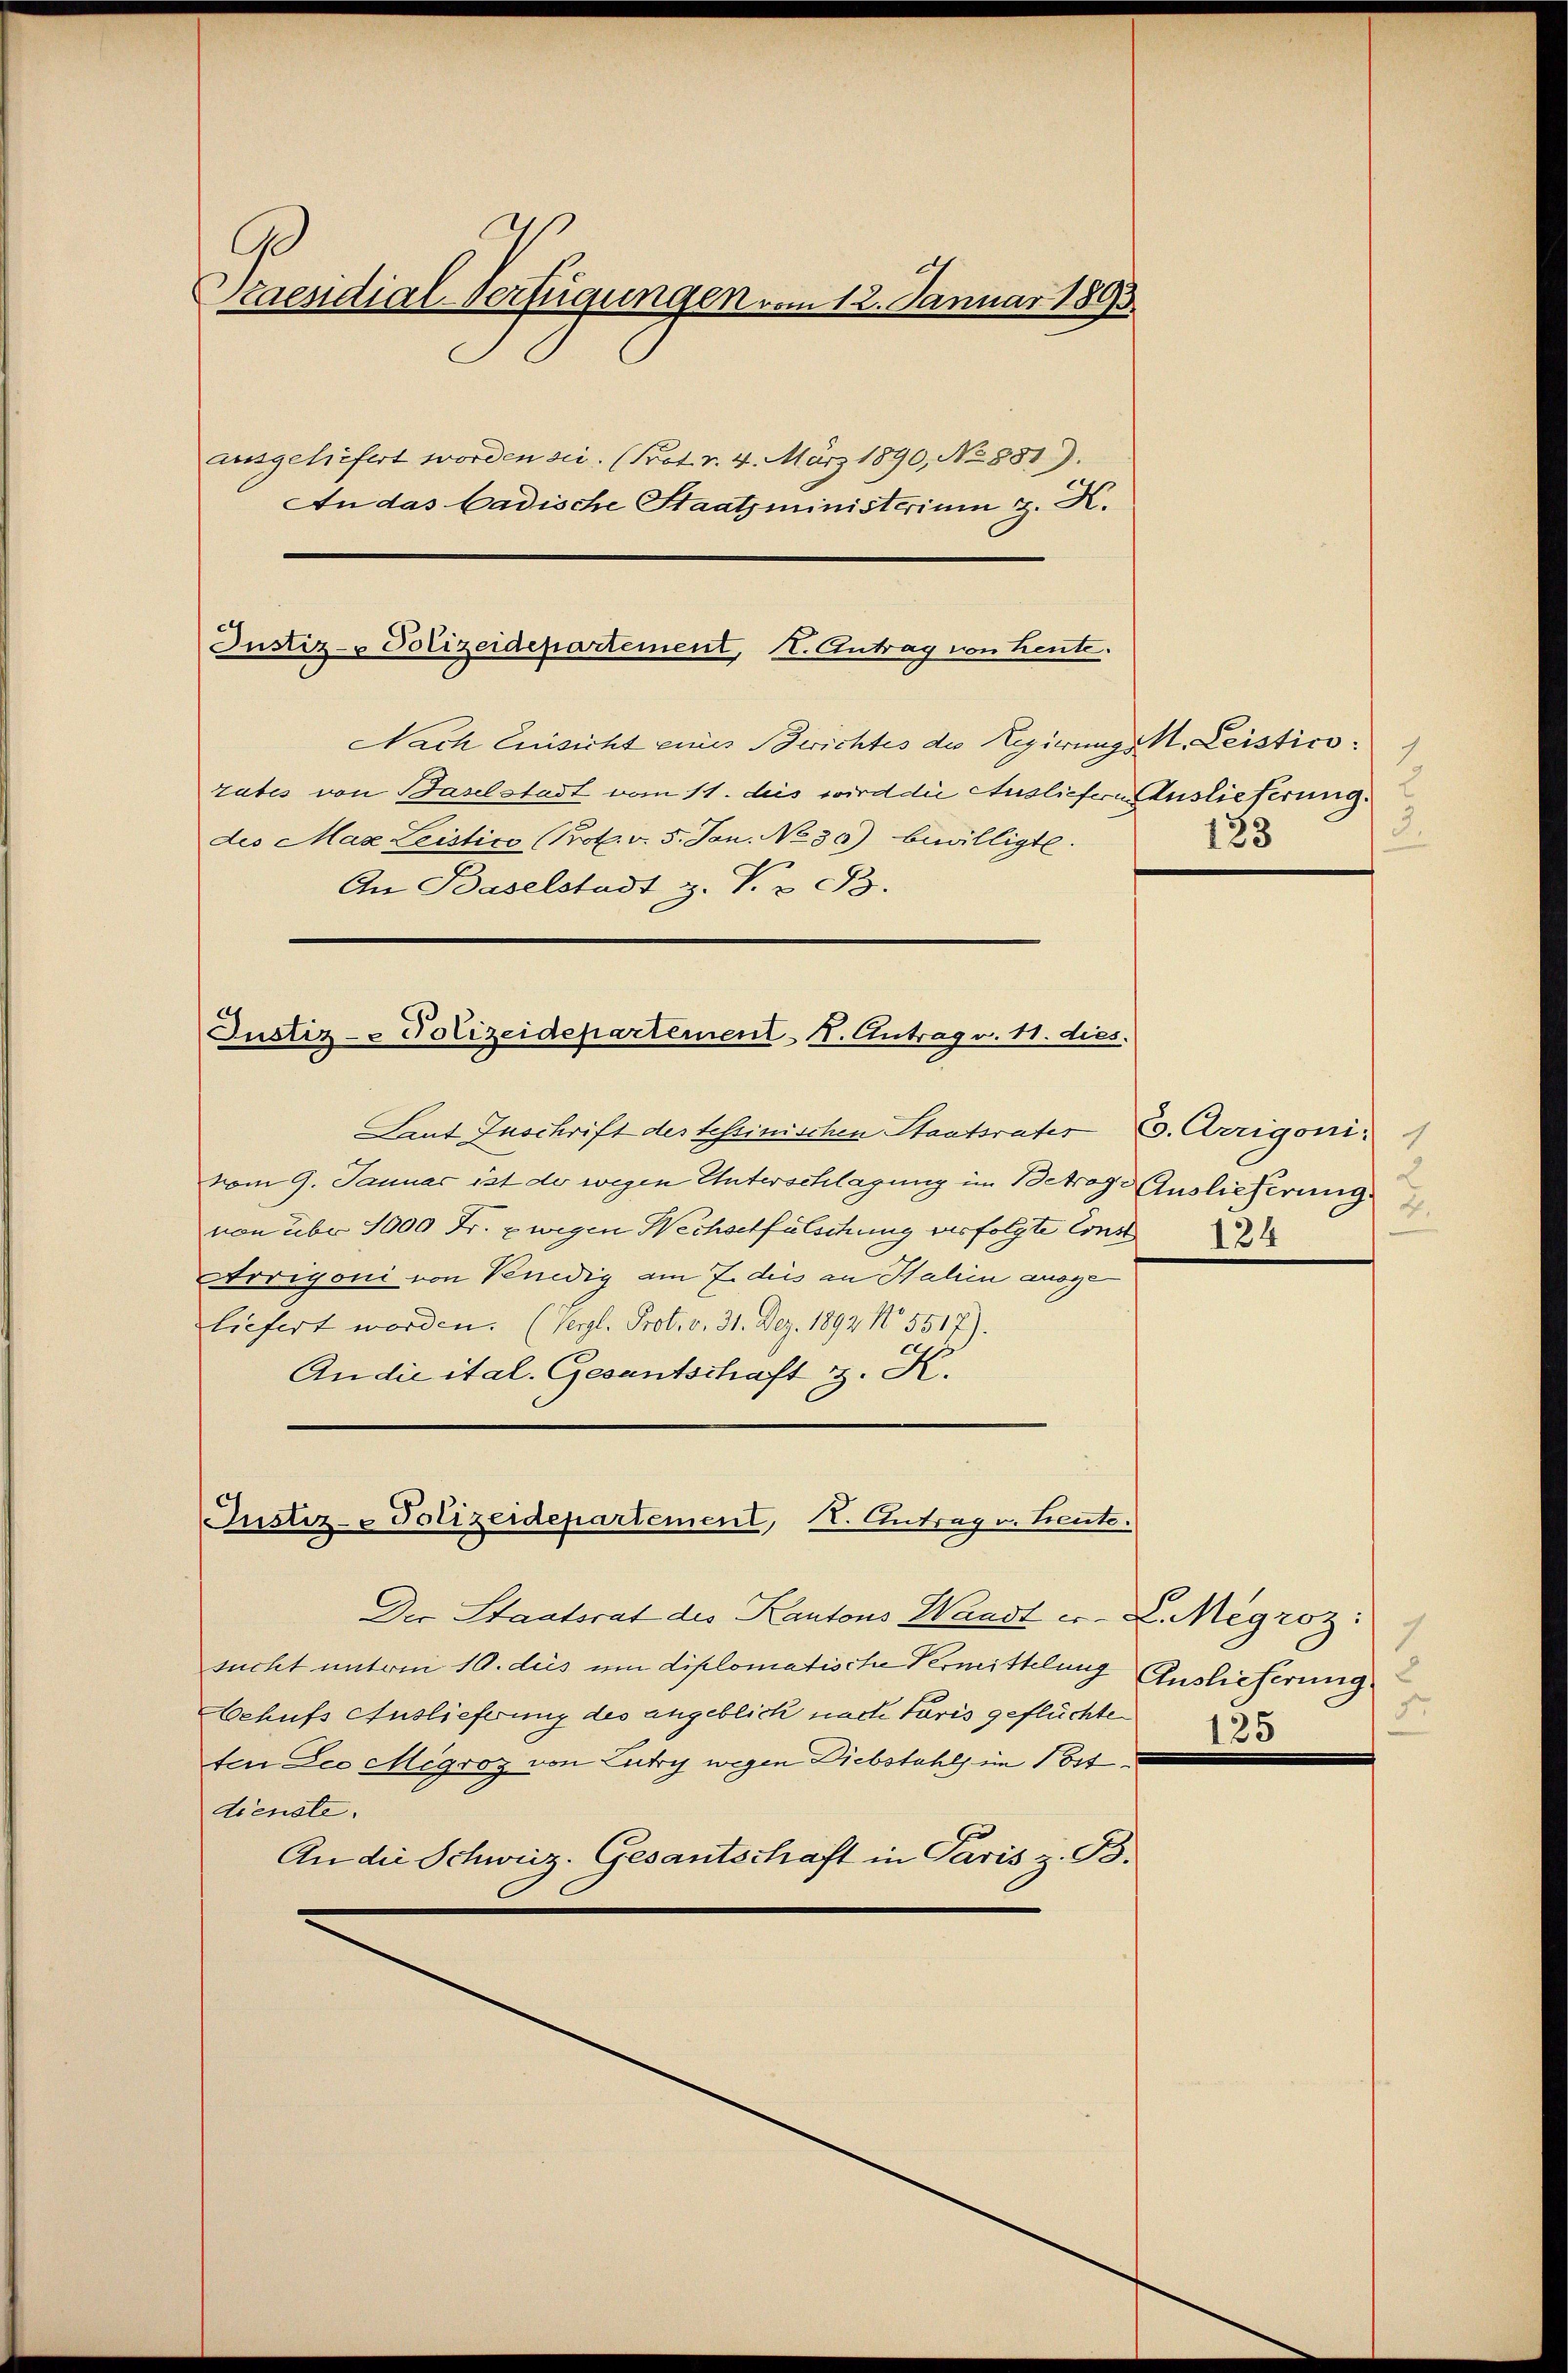
D
Kaesidial-Verfügungen vom 12. Januar 1893
ausgeliefert worden sie. (Prot. v. 4. März 1890, No 881).
An das badische Staatsministerium z. H.

Justiz- Polizeidepartement K. Antrag v. 11. dies

Justiz- Polizeidepartement, II. Antrag von Leute.

Nach Einsicht eines Berichtes des Regierungs M. Leistico.
rates von Baselstadt vom 11. des wird die Ausliefern Auslieferung.
des Max Leistico (Prot. v. 5. Jan. No 30) bewilligte.
An Baselstadt z. V. v. B.

Justiz- Polizeidepartement, K. Antrag u. Leute.

3.
133

Laut Zuschrift der tessinischen Staatsrates (s. Arrigoni. 1
vom 9. Januar ist der wegen Unterschlagung im Betrag auslieferung
von über 1000 Fr. Ewigen Wechsetfülschung verfolgte Const
Arrigoni von Venedig am 7. dies an Halien ausge
liefert worden. (Vergl. Prot. v. 31. Dez. 1892 No 5517).
An die ital. Gesantschaft z. K.

Der Staatsrat des Kantons Waadt u. L. Megroz:
sucht unterm 10. des um diplomatische Vermittelung Auslieferung
Behufs Auslieferung des angeblick nach Paris geflüchte
ter Leo Megroz von Lutry wegen Diebstahls im 1st
dienste.
An die Schweiz. Gesantschaft in Paris z. B.

2
124

1
Fr.
150